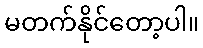
မတက်နိုင်တော့ပါ။